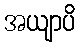
အယျာပိ